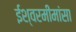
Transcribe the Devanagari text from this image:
ईश्वरमीमांसा